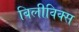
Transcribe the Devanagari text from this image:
बिलीविक्स